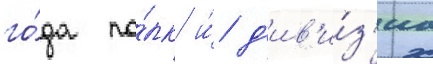
го́да по́лк и́ д'ив'и́з'иа